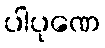
ပါပုဏေ